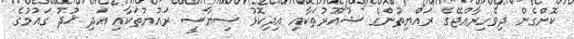
ކޮށްގެން ދިވެހިރާއްޖޭގެ ރައްޔިތުންގެ ޝުއޫރުތަކާއި އިދިކޮޅު ސިޔާސީ ރައުޔުތަކާއި އަދި ޚުދު ގައުމުގެ